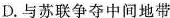
D.与苏联争夺中间地带